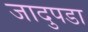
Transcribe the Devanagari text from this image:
जादुपडा